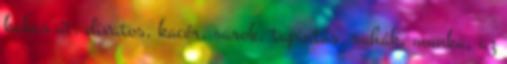
kakas út, divatos, kacér, sarok, tapintás, ruhák, munka, az